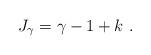
LaTeX: \begin{align*} J_\gamma = \gamma -1 + k \ . \end{align*}